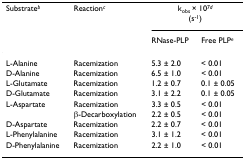
<table><thead><tr><td><b>Substrate<sup><i>b</i></sup></b></td><td><b>Reaction<sup><i>c</i></sup></b></td><td colspan="2"><b>k<sub>obs </sub>× 10<sup>7<i>d </i></sup></b></td></tr><tr><td></td><td></td><td colspan="2"><b>(s<sup>-1</sup>)</b></td></tr><tr><td></td><td></td><td><b>RNase-PLP</b></td><td><b>Free PLP<sup><i>e</i></sup></b></td></tr></thead><tbody><tr><td>L-Alanine</td><td>Racemization</td><td>5.3 ± 2.0</td><td>&lt; 0.01</td></tr><tr><td>D-Alanine</td><td>Racemization</td><td>6.5 ± 1.0</td><td>&lt; 0.01</td></tr><tr><td>L-Glutamate</td><td>Racemization</td><td>1.2 ± 0.7</td><td>0.1 ± 0.05</td></tr><tr><td>D-Glutamate</td><td>Racemization</td><td>3.1 ± 2.2</td><td>0.1 ± 0.05</td></tr><tr><td>L-Aspartate</td><td>Racemization</td><td>3.3 ± 0.5</td><td>&lt; 0.01</td></tr><tr><td></td><td>β-Decarboxylation</td><td>2.2 ± 0.5</td><td>&lt; 0.01</td></tr><tr><td>D-Aspartate</td><td>Racemization</td><td>2.2 ± 0.7</td><td>&lt; 0.01</td></tr><tr><td>L-Phenylalanine</td><td>Racemization</td><td>3.1 ± 1.2</td><td>&lt; 0.01</td></tr><tr><td>D-Phenylalanine</td><td>Racemization</td><td>2.2 ± 1.0</td><td>&lt; 0.01</td></tr></tbody></table>